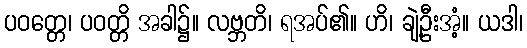
ပဝတ္တေ၊ ပဝတ္တိ အခါ၌။ လဗ္ဘတိ၊ ရအပ်၏။ ဟိ၊ ချဲ့ဦးအံ့။ ယဒါ၊